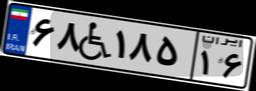
۶۸W۱۸۵۱۶